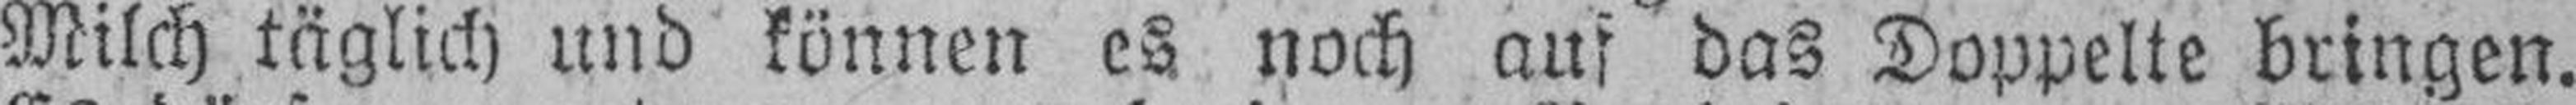
Milch täglich und können es noch aus das Doppelte bringen.